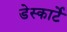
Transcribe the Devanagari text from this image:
डेस्कार्टे